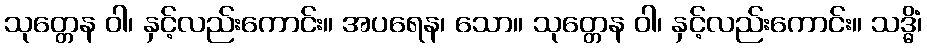
သုတ္တေန ဝါ၊ နှင့်လည်းကောင်း။ အပရေန၊ သော။ သုတ္တေန ဝါ၊ နှင့်လည်းကောင်း။ သဒ္ဓိံ၊